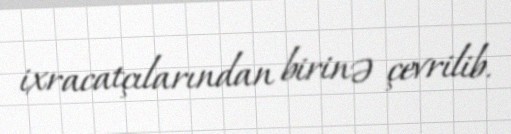
ixracatçılarından birinə çevrilib.